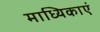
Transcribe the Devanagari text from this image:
माध्यिकाएं